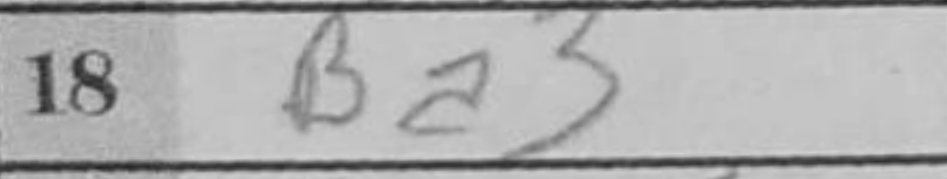
Transcription: Ba3